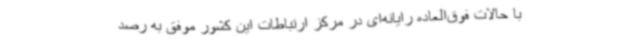
با حالات فوق‌العاده رایانه‌ای در مرکز ارتباطات این کشور موفق به رصد